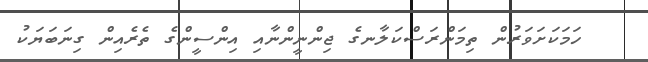
ހަމަކަށަވަރުން ތިމަންރަސްކަލާނގެ ޖިންނީންނާއި އިންސީންގެ ތެރެއިން ގިނަބަޔަކު